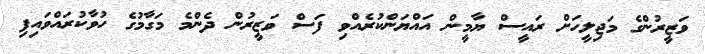
ވަޒީރުންގެ މަޖިލީހަށް ރައީސް ޔާމީން އައްޔަންކުރެއްވި ފަސް ވަޒީރުން ދެންމެ މަގާމުގެ ހުވާކުރައްވައިފި